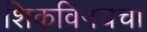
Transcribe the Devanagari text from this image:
शिकविनयचा